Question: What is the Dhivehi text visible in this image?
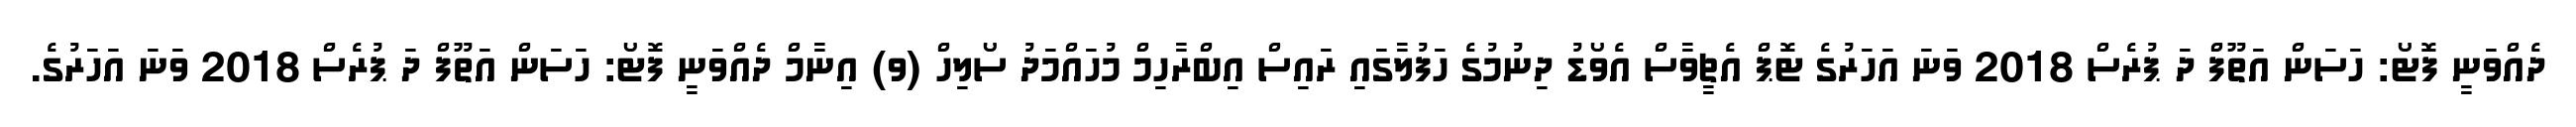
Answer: ދެއްވަނީ ފޮޓޯ: ހަސަން އަތޫފް ދަ ޕުރެސް 2018 ވަނަ އަހަރުގެ ޓޮޕް އެޗީވާސް އެވޯޑު ދިނުމުގެ ހަފުލާގައި ރައިސް އިބްރާހިމް މުހައްމަދު ސޯލިހް (ވ) އިނާމް ދެއްވަނީ ފޮޓޯ: ހަސަން އަތޫފް ދަ ޕުރެސް 2018 ވަނަ އަހަރުގެ.